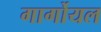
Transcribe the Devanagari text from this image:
गार्गोयल